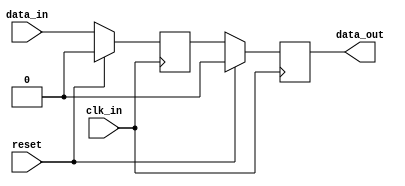
module two_flop_synchronizer(
    input wire clk_in,
    input wire reset,
    input wire data_in,
    output reg data_out
);

reg flop1;
reg flop2;

always @(posedge clk_in) begin
    if (reset) begin
        flop1 <= 1'b0;
        flop2 <= 1'b0;
    end else begin
        flop1 <= data_in;
        flop2 <= flop1;
    end
end

assign data_out = flop2;

endmodule